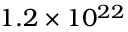
1 . 2 \times 1 0 ^ { 2 2 }